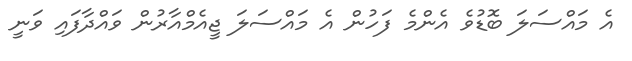
އެ މައްސަލަ ބޮޑުވެ އެންމެ ފަހުން އެ މައްސަލަ ޖީއެމްއާރުން ވައްދާފައި ވަނީ